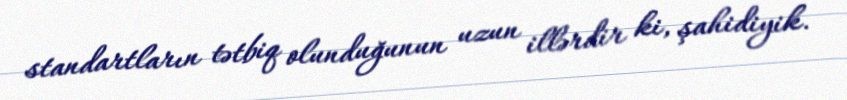
standartların tətbiq olunduğunun uzun illərdir ki, şahidiyik.